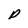
Character: p